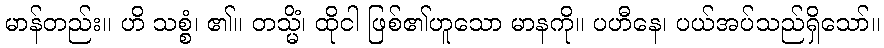
မာန်တည်း။ ဟိ သစ္စံ၊ ၏။ တသ္မိံ၊ ထိုငါ ဖြစ်၏ဟူသော မာနကို။ ပဟီနေ၊ ပယ်အပ်သည်ရှိသော်။